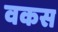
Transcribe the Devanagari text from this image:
वकस